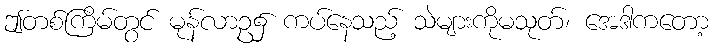
ဤတစ်ကြိမ်တွင် မုန်လာဥ၌ ကပ်နေသည့် သဲများကိုမသုတ်၊ အေဒါကတော့